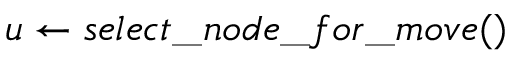
u \gets s e l e c t \textunderscore n o d e \textunderscore f o r \textunderscore m o v e ( )